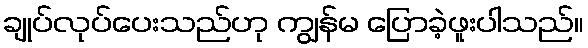
ချုပ်လုပ်ပေးသည်ဟု ကျွန်မ ပြောခဲ့ဖူးပါသည်။